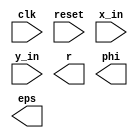
//*********************************************************
// IEEE STD 1364-2001 
// Verilog file: cordic_fpga.v
// Author-EMAIL: Delfino Ariel -delfinoariel@gmail.com
//*********************************************************

module cordic #(
    parameter W = 7
) (
    input clk,  // System clock
    input reset,  // Asynchronous reset
    input signed [W:0] x_in,  // System real or x input
    input signed [W:0] y_in,  // System imaginary or y input
    output reg signed [W:0] r,  // Radius result
    output reg signed [W:0] phi,  // Phase result
    output reg signed [W:0] eps  // Error of results
);

  // --------------------------------------------------------


endmodule